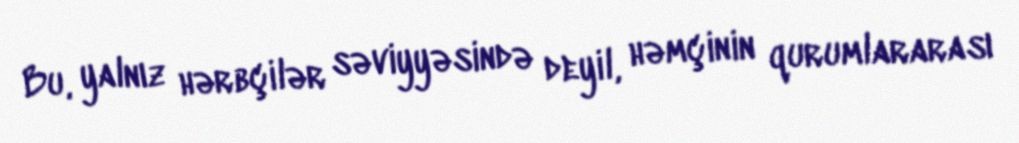
Bu, yalnız hərbçilər səviyyəsində deyil, həmçinin qurumlararası